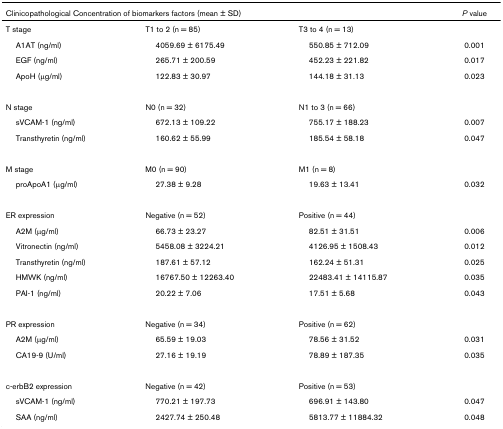
<table><thead><tr><td colspan="3"><b>Clinicopathological Concentration of biomarkers factors (mean ± SD)</b></td><td><b><i>P </i>value</b></td></tr></thead><tbody><tr><td>T stage</td><td>T1 to 2 (n = 85)</td><td>T3 to 4 (n = 13)</td><td></td></tr><tr><td> A1AT (ng/ml)</td><td> 4059.69 ± 6175.49</td><td> 550.85 ± 712.09</td><td>0.001</td></tr><tr><td> EGF (ng/ml)</td><td> 265.71 ± 200.59</td><td> 452.23 ± 221.82</td><td>0.017</td></tr><tr><td> ApoH (μg/ml)</td><td> 122.83 ± 30.97</td><td> 144.18 ± 31.13</td><td>0.023</td></tr><tr><td>N stage</td><td>N0 (n = 32)</td><td>N1 to 3 (n = 66)</td><td></td></tr><tr><td> sVCAM-1 (ng/ml)</td><td> 672.13 ± 109.22</td><td> 755.17 ± 188.23</td><td>0.007</td></tr><tr><td> Transthyretin (ng/ml)</td><td> 160.62 ± 55.99</td><td> 185.54 ± 58.18</td><td>0.047</td></tr><tr><td>M stage</td><td>M0 (n = 90)</td><td>M1 (n = 8)</td><td></td></tr><tr><td> proApoA1 (μg/ml)</td><td> 27.38 ± 9.28</td><td> 19.63 ± 13.41</td><td>0.032</td></tr><tr><td>ER expression</td><td>Negative (n = 52)</td><td>Positive (n = 44)</td><td></td></tr><tr><td> A2M (μg/ml)</td><td> 66.73 ± 23.27</td><td> 82.51 ± 31.51</td><td>0.006</td></tr><tr><td> Vitronectin (ng/ml)</td><td> 5458.08 ± 3224.21</td><td> 4126.95 ± 1508.43</td><td>0.012</td></tr><tr><td> Transthyretin (ng/ml)</td><td> 187.61 ± 57.12</td><td> 162.24 ± 51.31</td><td>0.025</td></tr><tr><td> HMWK (ng/ml)</td><td> 16767.50 ± 12263.40</td><td> 22483.41 ± 14115.87</td><td>0.035</td></tr><tr><td> PAI-1 (ng/ml)</td><td> 20.22 ± 7.06</td><td> 17.51 ± 5.68</td><td>0.043</td></tr><tr><td>PR expression</td><td>Negative (n = 34)</td><td>Positive (n = 62)</td><td></td></tr><tr><td> A2M (μg/ml)</td><td> 65.59 ± 19.03</td><td> 78.56 ± 31.52</td><td>0.031</td></tr><tr><td> CA19-9 (U/ml)</td><td> 27.16 ± 19.19</td><td> 78.89 ± 187.35</td><td>0.035</td></tr><tr><td>c-erbB2 expression</td><td>Negative (n = 42)</td><td>Positive (n = 53)</td><td></td></tr><tr><td> sVCAM-1 (ng/ml)</td><td> 770.21 ± 197.73</td><td> 696.91 ± 143.80</td><td>0.047</td></tr><tr><td> SAA (ng/ml)</td><td> 2427.74 ± 250.48</td><td> 5813.77 ± 11884.32</td><td>0.048</td></tr></tbody></table>